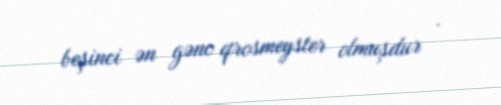
beşinci ən gənc qrosmeyster olmuşdur .